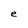
Character: e